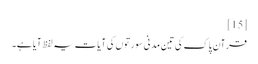
[15]
قرآن پاک کی تین مدنی سورتوں کی آیات یہ لفظ آیا ہے۔